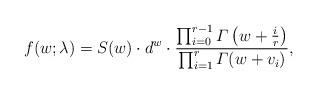
LaTeX: \begin{align*} f(w; \lambda) = S(w) \cdot d^w \cdot \dfrac{ \prod_{i=0}^{r-1} \varGamma\left(w+\frac{i}{r} \right)}{ \prod_{i=1}^r \varGamma(w+v_i)},\end{align*}